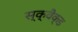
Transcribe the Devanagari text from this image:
स्क्वैक्ड